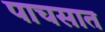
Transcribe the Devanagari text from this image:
पाचसात